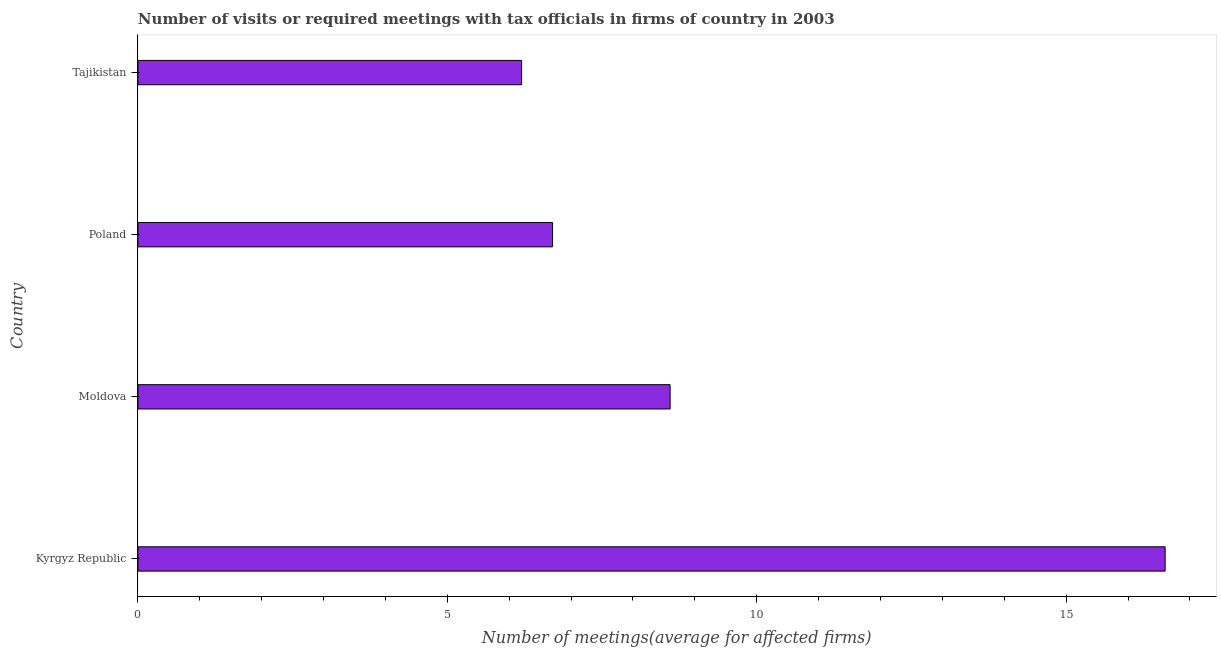
| Country | Meetings with tax officials |
 | --- | --- |
 | Kyrgyz Republic | 16.6 |
 | Moldova | 8.6 |
 | Poland | 6.7 |
 | Tajikistan | 6.2 |